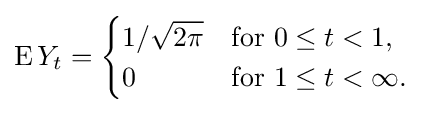
\operatorname {E} Y_{t}={\begin{cases}1/{\sqrt {2\pi }}&{\text{for }}0\leq t<1,\\0&{\text{for }}1\leq t<\infty .\end{cases}}